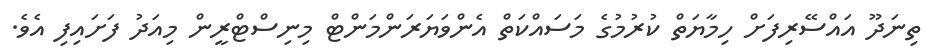
ތިނަދޫ އައްސޭރިފަށް ހިމާޔަތް ކުރުމުގެ މަސައްކަތް އެންވަޔަރަންމަންޓް މިނިސްޓްރީން މިއަދު ފަށައިފި އެވެ.